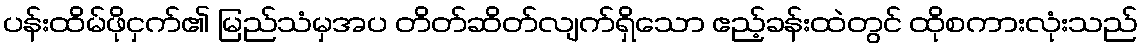
ပန်းထိမ်ဖိုငှက်၏ မြည်သံမှအပ တိတ်ဆိတ်လျက်ရှိသော ဧည့်ခန်းထဲတွင် ထိုစကားလုံးသည်